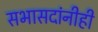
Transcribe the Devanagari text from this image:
सभासदांनीही